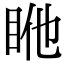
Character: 𥅂